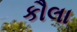
કૌલા